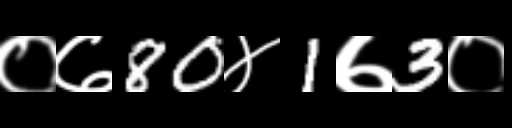
Text: ०७80४1७3०